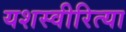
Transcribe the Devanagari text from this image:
यशस्‍वीरित्‍या